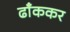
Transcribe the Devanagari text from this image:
ढाँककर